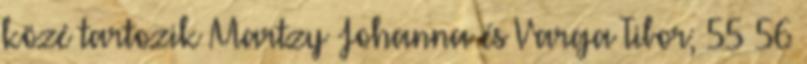
közé tartozik Martzy Johanna és Varga Tibor; 55 56